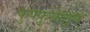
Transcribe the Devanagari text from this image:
फुफ्फुसांतून